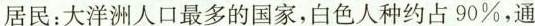
居民：大洋洲人口最多的国家，白色人种约占90%，通